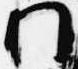
門